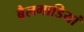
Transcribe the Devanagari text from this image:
बैलगाडियां